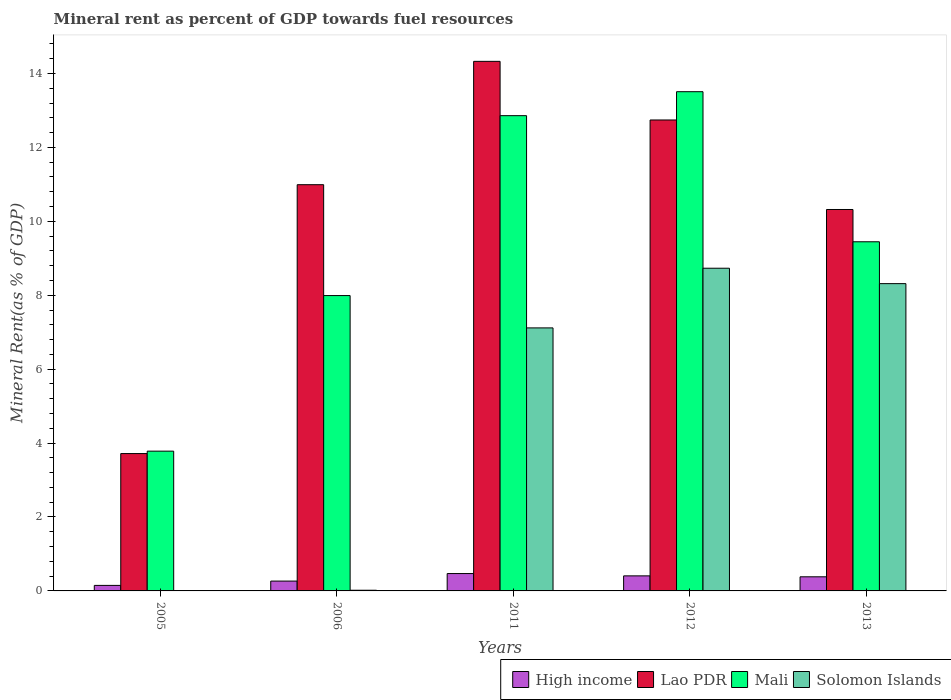
| Years | High income | Lao PDR | Mali | Solomon Islands |
 | --- | --- | --- | --- | --- |
 | 2005 | 0.15 | 3.72 | 3.78 | 0.0086 |
 | 2006 | 0.266 | 11 | 7.99 | 0.0184 |
 | 2011 | 0.47 | 14.3 | 12.9 | 7.12 |
 | 2012 | 0.407 | 12.7 | 13.5 | 8.73 |
 | 2013 | 0.382 | 10.3 | 9.45 | 8.31 |